Annual administration and progress report of the Indian Medical Department, Bombay
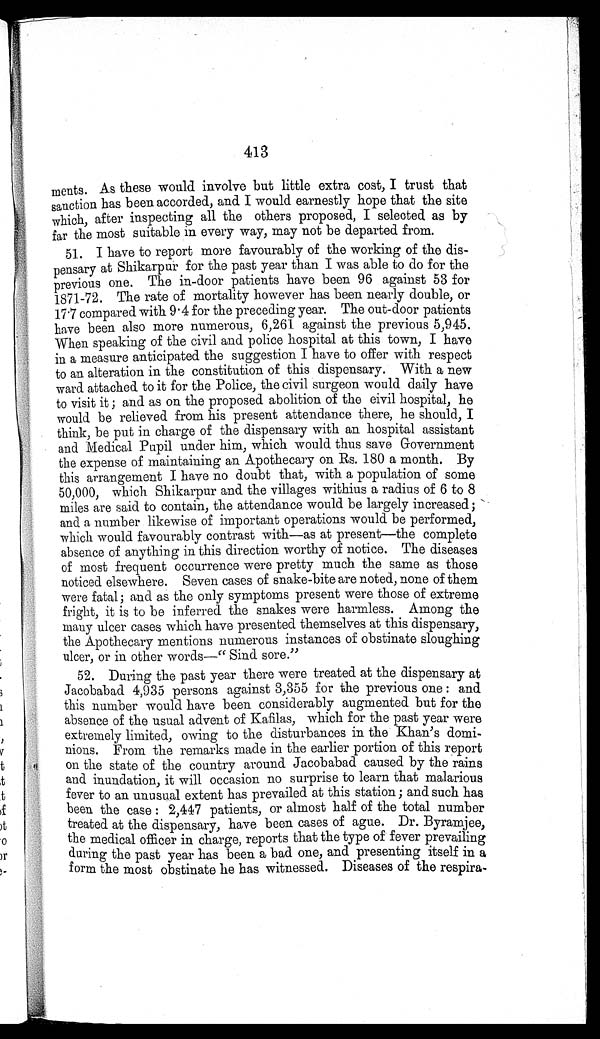
413
ments. As these would involve but little extra cost, I trust that
sanction has been accorded, and I would earnestly hope that the site
which, after inspecting all the others proposed, I selected as by
far the most suitable in every way, may not be departed from.
51. I have to report more favourably of the working of the dis--
pensary at Shikarpur for the past year than I was able to do for the
previous one. The in-door patients have been 96 against 53 for
1871-72. The rate of mortality however has been nearly double, or
17.7 compared with 9.4 for the preceding year. The out-door patients
have been also more numerous, 6,261 against the previous 5,945.
When speaking of the civil and police hospital at this town, I have
in a measure anticipated the suggestion I have to offer with respect
to an alteration in the constitution of this dispensary. With a new
ward attached to it for the Police, the civil surgeon would daily have
to visit it; and as on the proposed abolition of the civil hospital, he
would be relieved from his present attendance there, he should, I
think, be put in charge of the dispensary with an hospital assistant
and Medical Pupil under him, which would thus save Government
the expense of maintaining an Apothecary on Rs. 180 a month. By
this arrangement I have no doubt that, with a population of some
50,000, which Shikarpur and the villages withius a radius of 6 to 8
miles are said to contain, the attendance would be largely increased;
and a number likewise of important operations would be performed,
which would favourably contrast with—as at present—the complete
absence of anything in this direction worthy of notice. The diseases
of most frequent occurrence were pretty much the same as those
noticed elsewhere. Seven cases of snake-bite are noted, none of them
were fatal; and as the only symptoms present were those of extreme
fright, it is to be inferred the snakes were harmless. Among the
many ulcer cases which have presented themselves at this dispensary,
the Apothecary mentions numerous instances of obstinate sloughing
ulcer, or in other words—"Sind sore."
52. During the past year there were treated at the dispensary at
Jacobabad 4,935 persons against 3,355 for the previous one: and
this number would have been considerably augmented but for the
absence of the usual advent of Kafilas, which for the past year were
extremely limited, owing to the disturbances in the Khan's domi
- n i o n s . F r o m t h e r e m a r k s m a d e i n t h e e a r l i e r p o r t i o n o f t h i s r e p o r t
on the state of the country around Jacobabad caused by the rains
and inundation, it will occasion no surprise to learn that malarious
fever to an unusual extent has prevailed at this station; and such has
been the case: 2,447 patients, or almost half of the total number
treated at the dispensary, have been cases of ague. Dr. Byramjee,
the medical officer in charge, reports that the type of fever prevailing
during the past year has been a bad one, and presenting itself in a
form the most obstinate he has witnessed. Diseases of the respira-